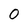
Character: 0